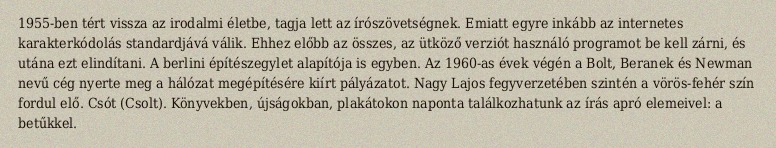
1955-ben tért vissza az irodalmi életbe, tagja lett az írószövetségnek. Emiatt egyre inkább az internetes karakterkódolás standardjává válik. Ehhez előbb az összes, az ütköző verziót használó programot be kell zárni, és utána ezt elindítani. A berlini építészegylet alapítója is egyben. Az 1960-as évek végén a Bolt, Beranek és Newman nevű cég nyerte meg a hálózat megépítésére kiírt pályázatot. Nagy Lajos fegyverzetében szintén a vörös-fehér szín fordul elő. Csót (Csolt). Könyvekben, újságokban, plakátokon naponta találkozhatunk az írás apró elemeivel: a betűkkel.